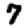
Digit: 7